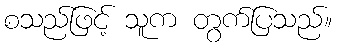
စသည်ဖြင့် သူက တွက်ပြသည်။